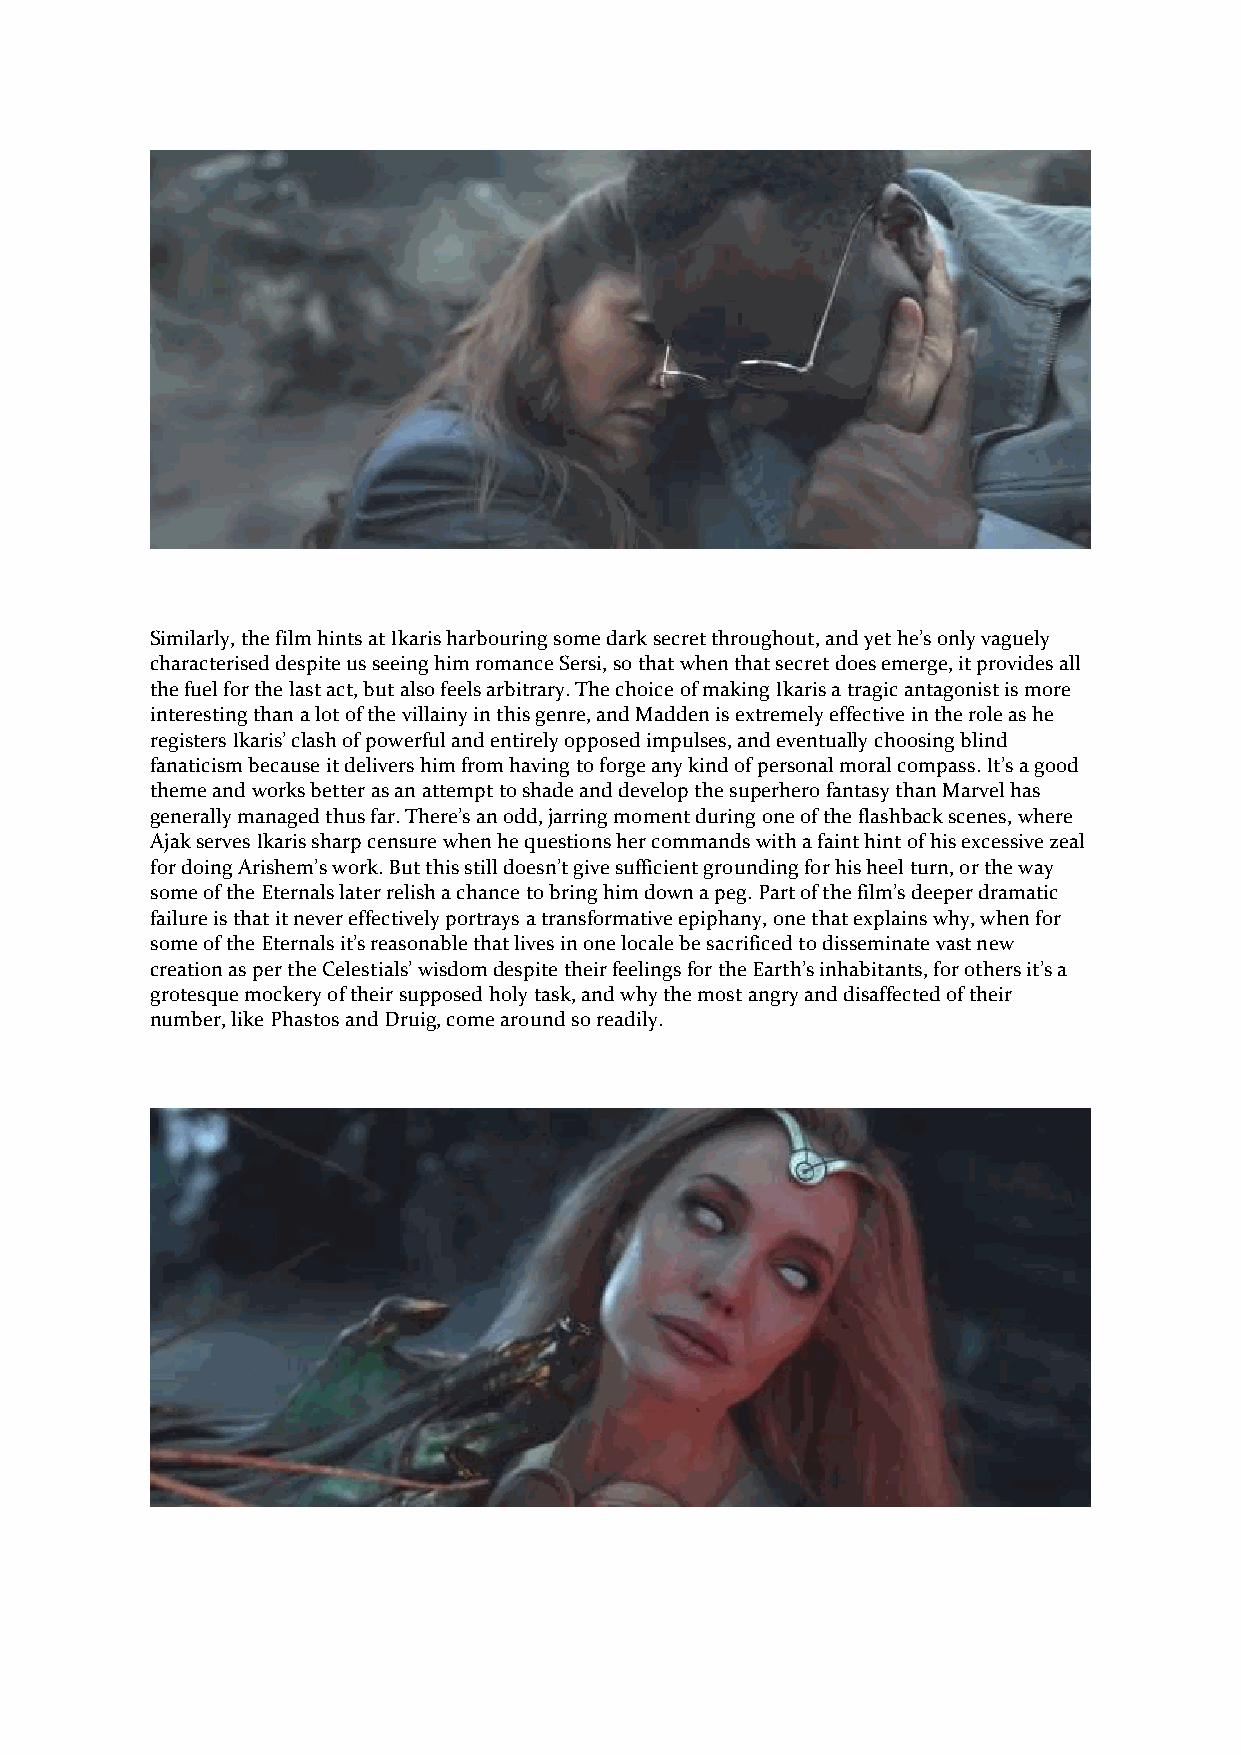
Similarly, the film hints at Ikaris harbouring some dark secret throughout, and yet he’s only vaguely
 characterised despite us seeing him romance Sersi, so that when that secret does emerge, it provides all
 the fuel for the last act, but also feels arbitrary. The choice of making Ikaris a tragic antagonist is more
 interesting than a lot of the villainy in this genre, and Madden is extremely effective in the role as he
 registers Ikaris’ clash of powerful and entirely opposed impulses, and eventually choosing blind
 fanaticism because it delivers him from having to forge any kind of personal moral compass. It’s a good
 theme and works better as an attempt to shade and develop the superhero fantasy than Marvel has
 generally managed thus far. There’s an odd, jarring moment during one of the flashback scenes, where
 Ajak serves Ikaris sharp censure when he questions her commands with a faint hint of his excessive zeal
 for doing Arishem’s work. But this still doesn’t give sufficient grounding for his heel turn, or the way
 some of the Eternals later relish a chance to bring him down a peg. Part of the film’s deeper dramatic
 failure is that it never effectively portrays a transformative epiphany, one that explains why, when for
 some of the Eternals it’s reasonable that lives in one locale be sacrificed to disseminate vast new
 creation as per the Celestials’ wisdom despite their feelings for the Earth’s inhabitants, for others it’s a
 grotesque mockery of their supposed holy task, and why the most angry and disaffected of their
 number, like Phastos and Druig, come around so readily.